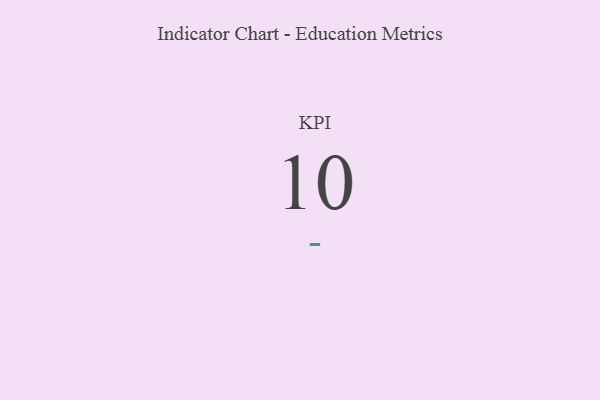
{"axis": {"x": "KPI", "y": "Value"}, "legend": [""], "data": [{"x": "KPI", "y": 10, "type": ""}]}